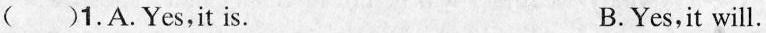
( )1. A. Yes,it is. B. Yes,it will.